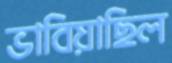
ভাবিয়াছিল